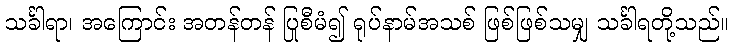
သင်္ခါရာ၊ အကြောင်း အတန်တန် ပြုစီမံ၍ ရုပ်နာမ်အသစ် ဖြစ်ဖြစ်သမျှ သင်္ခါရတို့သည်။